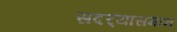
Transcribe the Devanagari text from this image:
सदर्‍यासमान